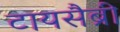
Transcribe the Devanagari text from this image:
टायसैब्री